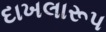
દાખલારૂપ